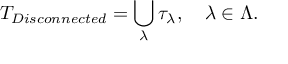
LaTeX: { \cal T } _ { D i s c o n n e c t e d } = \bigcup _ { \lambda } \tau _ { \lambda } , \quad \lambda \in \Lambda .